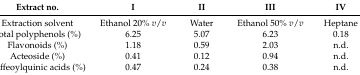
| Extract no. | I | II | III | IV |
 | --- | --- | --- | --- | --- |
 | Extraction solvent | Ethanol 20% v/v | Water | Ethanol 50% v/v | Heptane |
 | Total polyphenols (%) | 6.25 | 5.07 | 6.23 | 0.18 |
 | Flavonoids (%) | 1.18 | 0.59 | 2.03 | n.d. |
 | Acteoside (%) | 0.41 | 0.12 | 0.94 | n.d. |
 | Caffeoylquinic acids (%) | 0.47 | 0.24 | 0.38 | n.d. |